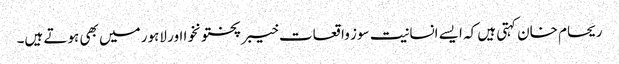
ریحام خان کہتی ہیں کہ ایسے انسانیت سوز واقعات خیبر پختونخوا اور لاہور میں بھی ہوتے ہیں۔